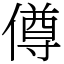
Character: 僔